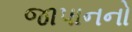
જાપાનનો